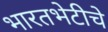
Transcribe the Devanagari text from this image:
भारतभेटीचे